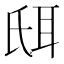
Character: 𦕌